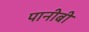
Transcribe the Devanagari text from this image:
पानीबी